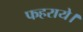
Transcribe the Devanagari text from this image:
फहराये।